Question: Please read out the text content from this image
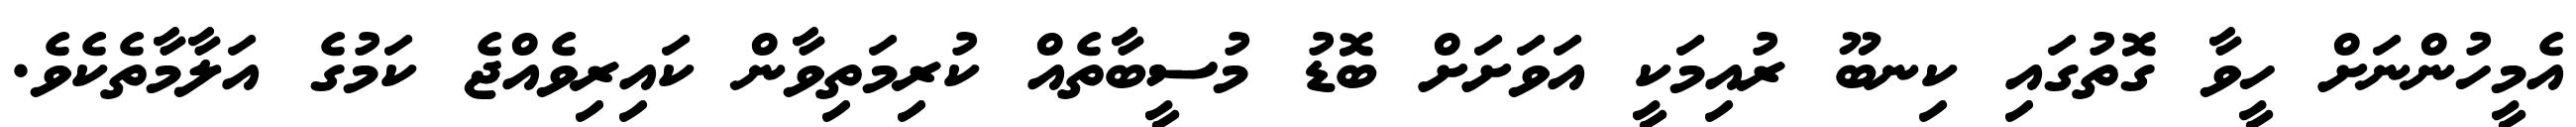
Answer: އެމީހުންނަށް ހީވާ ގޮތުގައި ކިނބޫ ރުއިމަކީ އަވަށަށް ބޮޑު މުސީބާތެއް ކުރިމަތިވާން ކައިރިވެއްޖެ ކަމުގެ އަލާމާތެކެވެ.